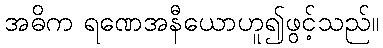
အဓိက ရဏေအနီယောဟူ၍ဖွင့်သည်။